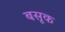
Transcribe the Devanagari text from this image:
बसूक